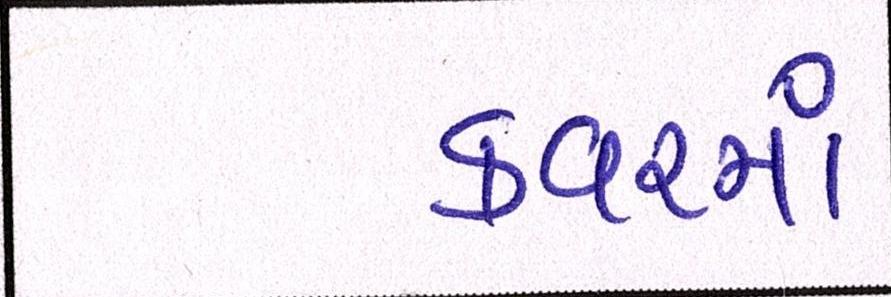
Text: કવરમાં